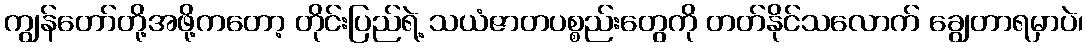
ကျွန်တော်တို့အဖို့ကတော့ တိုင်းပြည်ရဲ့ သယံဇာတပစ္စည်းတွေကို တတ်နိုင်သလောက် ချွေတာရမှာပဲ၊